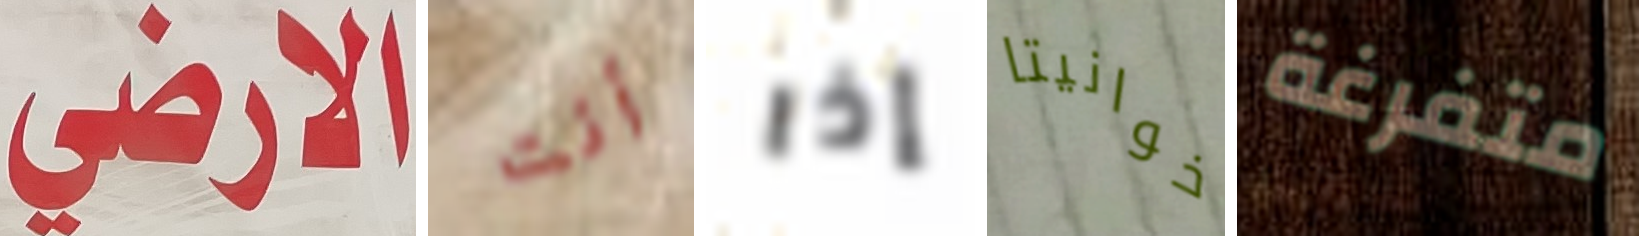
الارضي أنت إذا خوانيتا متفرغة